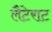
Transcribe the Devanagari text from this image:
लैटेराट